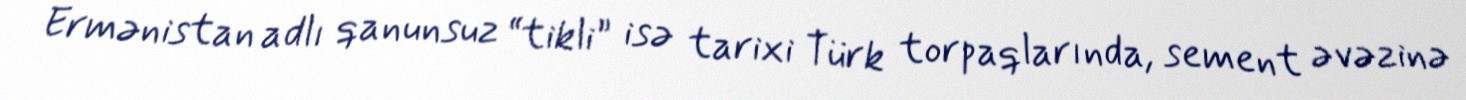
Ermənistan adlı qanunsuz “tikli” isə tarixi Türk torpaqlarında, sement əvəzinə